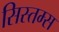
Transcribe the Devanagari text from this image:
सिस्तम्स